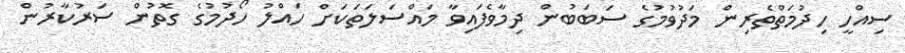
ސިއްހީ ހިދުމަތްތެރިން މަދުވުމުގެ ސަބަބުން ދިމާވެފައިވާ މައްސަލަތަކަށް ހައްލު ހޯދުމުގެ ގޮތުން ސަރުކާރުން